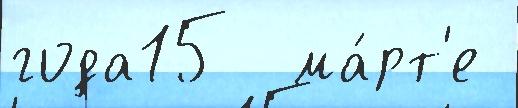
года15  ма́рт'е